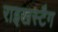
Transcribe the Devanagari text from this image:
राइखस्टैग